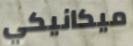
ميكانيكي